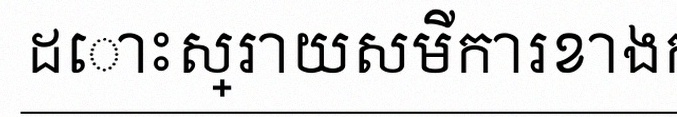
ដោះស្រាយសមីការខាងក្រោម